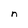
Character: n